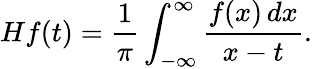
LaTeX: Hf(t)={\frac{1}{\pi}}\int_{-\infty}^{\infty}{\frac{f(x)\, dx}{x-t}}.